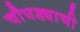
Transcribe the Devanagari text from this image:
चौघड्याची